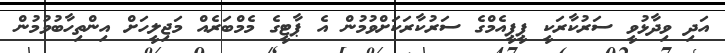
އަދި ވިދާޅުވީ ސަރުކާރަކީ ޕީޕީއެމްގެ ސަރުކާރަކަށްވުމުން އެ ޕާޓީގެ މެމްބަރެއް މަޖިލީހަށް އިންތިހާބުވުމުން